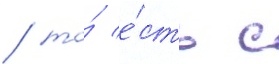
/ то́ е́сть с